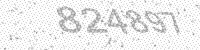
Solution: 824897